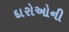
દારોઓની